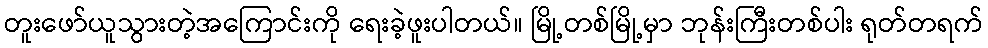
တူးဖော်ယူသွားတဲ့အကြောင်းကို ရေးခဲ့ဖူးပါတယ်။ မြို့တစ်မြို့မှာ ဘုန်းကြီးတစ်ပါး ရုတ်တရက်